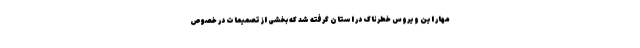
مهار این ویروس خطرناک در استان گرفته شد که بخشی از تصمیمات در خصوص